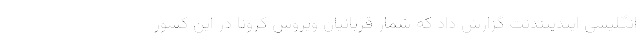
انگلیسی ایندیپندنت گزارش داد که شمار قربانیان ویروس کرونا در این کشور